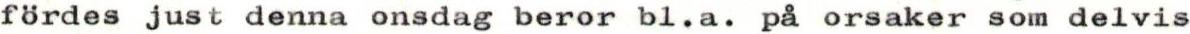
fördes just denna onsdag beror bl.a. på orsaker som delvis